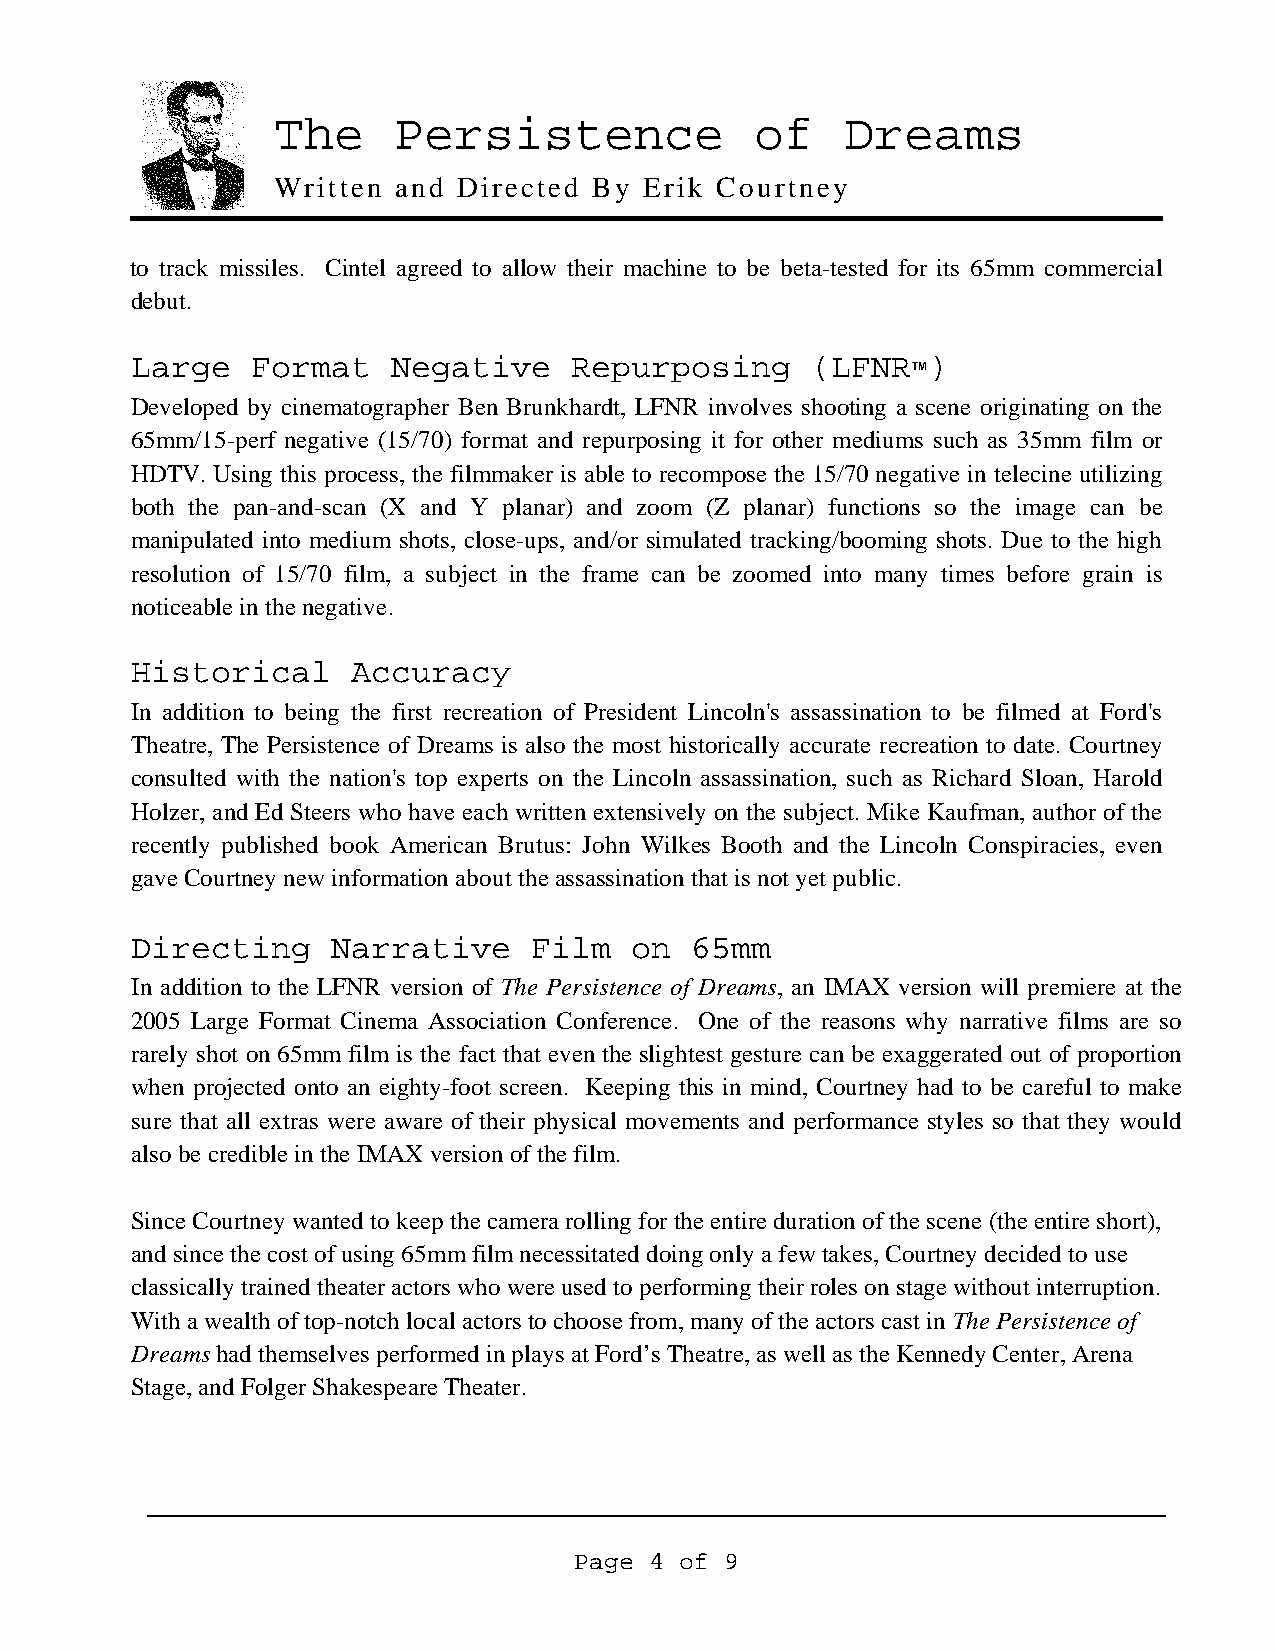
The     Persistence             of    Dreams
 Written and Directed By  Erik Courtney
 to track missiles. Cintel agreed to allow their machine to be beta-tested for its 65mm commercial
 debut.
 Large   Format   Negative    Repurposing     (LFNR™)
 Developed by cinematographer Ben Brunkhardt, LFNR involves shooting a scene originating on the
 65mm/15-perf negative (15/70) format and repurposing it for other mediums such as 35mm film or
 HDTV. Using this process, the filmmaker is able to recompose the 15/70 negative in telecine utilizing
 both the pan-and-scan (X and Y planar) and zoom (Z planar) functions so the image can be
 manipulated into medium shots, close-ups, and/or simulated tracking/booming shots. Due to the high
 resolution of 15/70 film, a subject in the frame can be zoomed into many times before grain is
 noticeable in the negative.
 Historical    Accuracy
 In addition to being the first recreation of President Lincoln's assassination to be filmed at Ford's
 Theatre, The Persistence of Dreams is also the most historically accurate recreation to date. Courtney
 consulted with the nation's top experts on the Lincoln assassination, such as Richard Sloan, Harold
 Holzer, and Ed Steers who have each written extensively on the subject. Mike Kaufman, author of the
 recently published book American Brutus: John Wilkes Booth and the Lincoln Conspiracies, even
 gave Courtney new information about the assassination that is not yet public.
 Directing    Narrative    Film   on  65mm
 In addition to the LFNR version of The Persistence of Dreams, an IMAX version will premiere at the
 2005 Large Format Cinema Association Conference. One of the reasons why narrative films are so
 rarely shot on 65mm film is the fact that even the slightest gesture can be exaggerated out of proportion
 when projected onto an eighty-foot screen. Keeping this in mind, Courtney had to be careful to make
 sure that all extras were aware of their physical movements and performance styles so that they would
 also be credible in the IMAX version of the film.
 Since Courtney wanted to keep the camera rolling for the entire duration of the scene (the entire short),
 and since the cost of using 65mm film necessitated doing only a few takes, Courtney decided to use
 classically trained theater actors who were used to performing their roles on stage without interruption.
 With a wealth of top-notch local actors to choose from, many of the actors cast in The Persistence of
 Dreams had themselves performed in plays at Ford’s Theatre, as well as the Kennedy Center, Arena
 Stage, and Folger Shakespeare Theater.
 Page 4 of 9